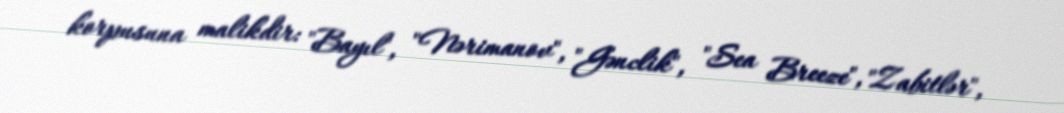
korpusuna malikdir: "Bayıl", "Nərimanov", "Gənclik", "Sea Breeze", "Zabitlər",